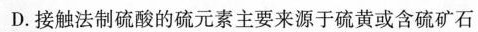
D.接触法制硫酸的硫元素主要来源于硫黄或含硫矿石